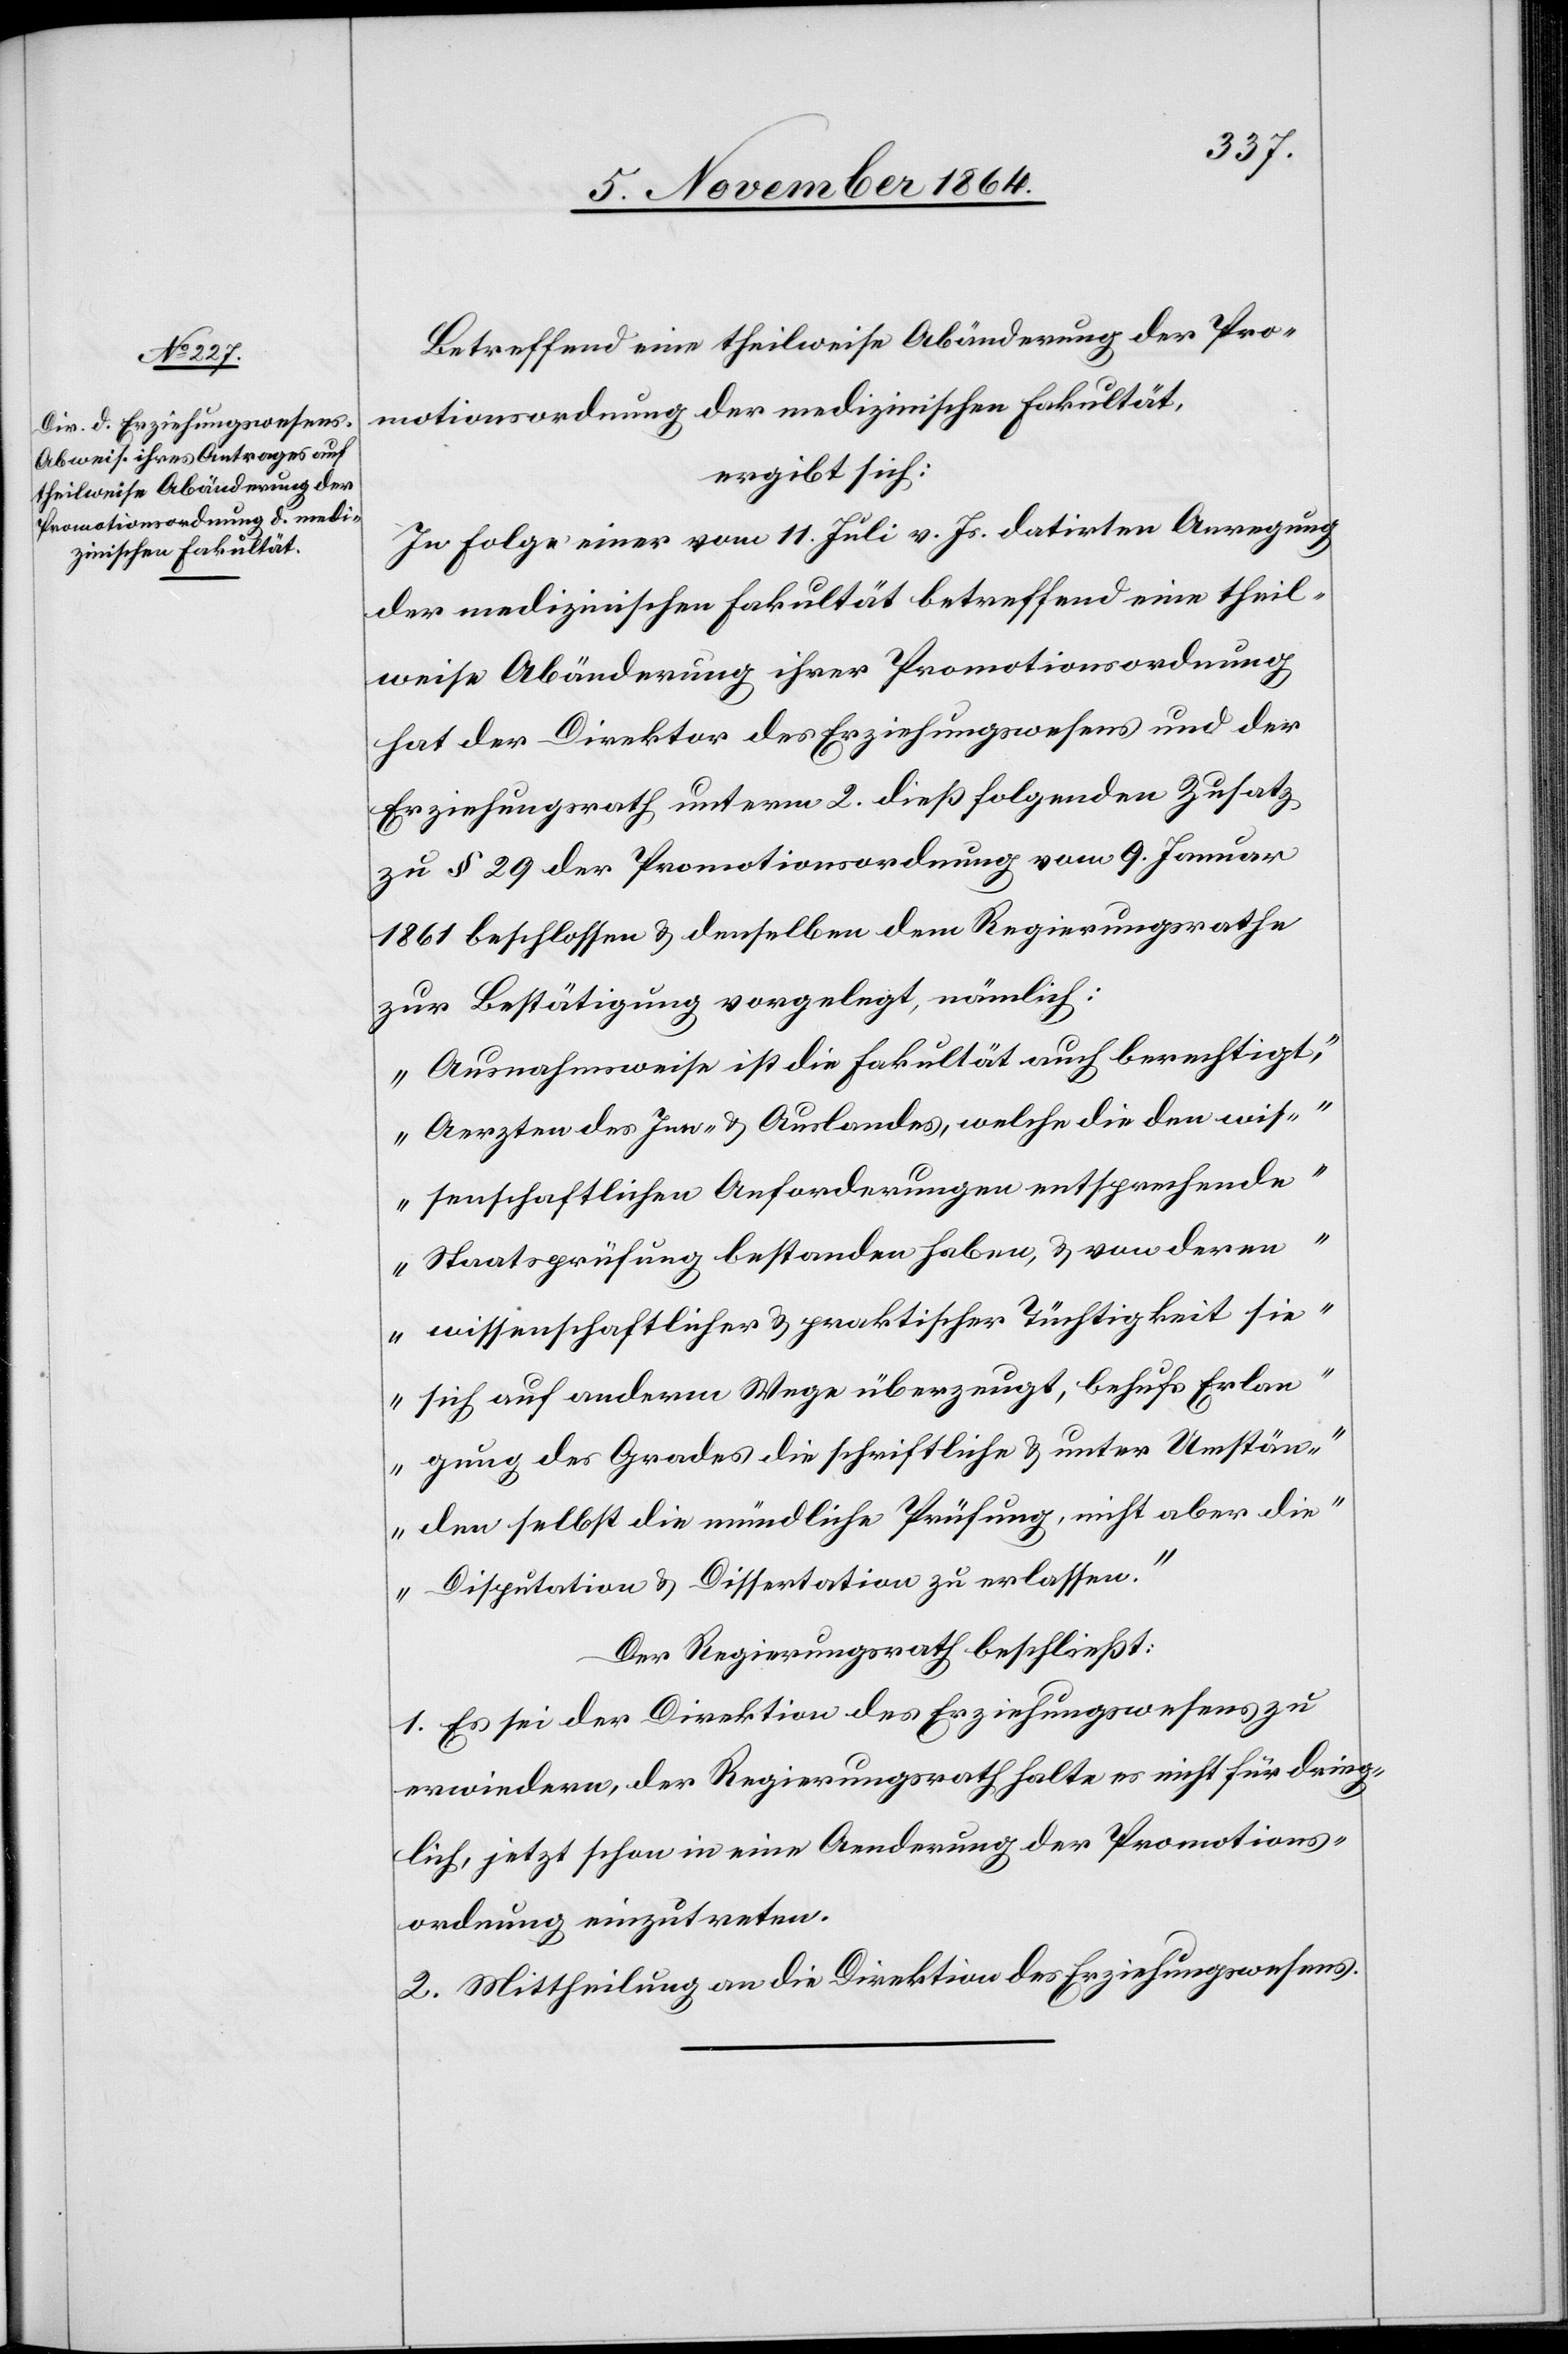
Betreffend eine theilweise Abänderung der Pro¬
motionsordnung der medizinischen Fakultät,
ergibt sich:
In Folge einer vom 11. Juli v. Js. datirten Anregung
der medizinischen Fakultät betreffend eine theil¬
weise Abänderung ihrer Promotionsordnung
hat der Direktor des Erziehungswesens und der
Erziehungsrath unterm 2. dieß folgenden Zusatz
zu § 29 der Promotionsordnung vom 9. Januar
1861 beschlossen & denselben dem Regierungsrathe
zur Bestätigung vorgelegt, nämlich:
„Ausnahmsweise ist die Fakultät auch berechtigt,
Aerzten des Inn- & Auslandes, welche die den wis¬
senschaftlichen Anforderungen entsprechende
Staatsprüfung bestanden haben, & von deren
wissenschaftlicher & praktischer Tüchtigkeit sie
sich auf anderm Wege überzeugt, behufs Erlan¬
gung des Grades die schriftliche & unter Umstän¬
den selbst die mündliche Prüfung, nicht aber die
Disputation & Dissertation zu erlassen.“
Der Regierungsrath beschließt:
1. Es sei der Direktion des Erziehungswesens zu
erwiedern, der Regierungsrath halte es nicht für dring¬
lich, jetzt schon in eine Aenderung der Promotions¬
ordnung einzutreten.
2. Mittheilung an die Direktion des Erziehungswesens.